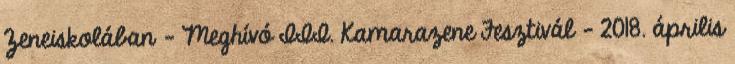
Zeneiskolában – Meghívó III. Kamarazene Fesztivál – 2018. április